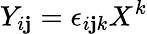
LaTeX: Y_{i\mathbf{j}}=\epsilon_{i\mathbf{j}k}X^{k}